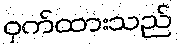
ဝှက်ထားသည်